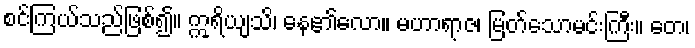
စင်ကြယ်သည်ဖြစ်၍။ ဣရိယျသိ၊ နေ၏လော။ မဟာရာဇ၊ မြတ်သောမင်းကြီး။ တေ၊